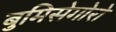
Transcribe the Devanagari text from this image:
बुमिसेगोरो